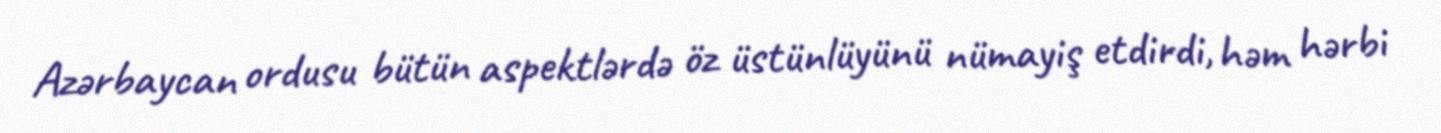
Azərbaycan ordusu bütün aspektlərdə öz üstünlüyünü nümayiş etdirdi, həm hərbi